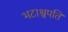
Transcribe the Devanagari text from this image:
भटाश्वपति